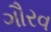
ગૌરવ